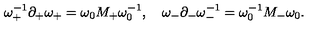
\omega _ { + } ^ { - 1 } \partial _ { + } \omega _ { + } = \omega _ { 0 } M _ { + } \omega _ { 0 } ^ { - 1 } , \quad \omega _ { - } \partial _ { - } \omega _ { - } ^ { - 1 } = \omega _ { 0 } ^ { - 1 } M _ { - } \omega _ { 0 } .